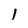
Character: 1